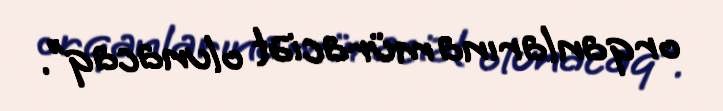
orqanlarına müraciət olunacaq”.